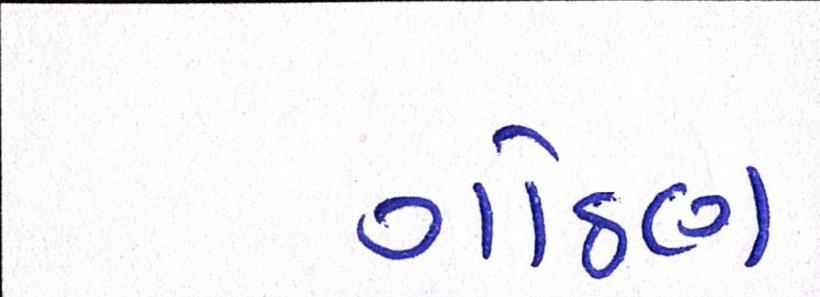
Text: ગોઠણ